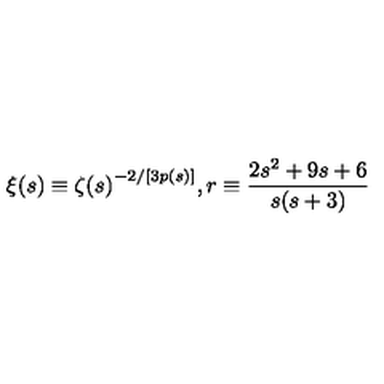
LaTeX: { \xi } ( s ) \equiv { { \zeta } ( s ) } ^ { - 2 / [ 3 p ( s ) ] } , r \equiv \frac { 2 s ^ { 2 } + 9 s + 6 } { s ( s + 3 ) }